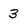
Character: 3